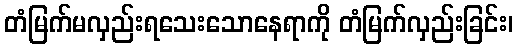
တံမြက်မလှည်းရသေးသောနေရာကို တံမြက်လှည်းခြင်း၊